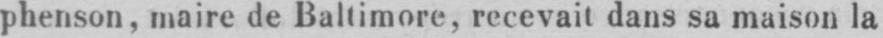
phenson, maire de Baltimore, recevait dans sa maison la